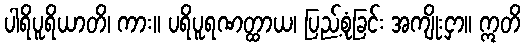
ပါရိပူရိယာတိ၊ ကား။ ပရိပူရဏတ္ထာယ၊ ပြည့်စုံခြင်း အကျိုးငှာ။ ဣတိ